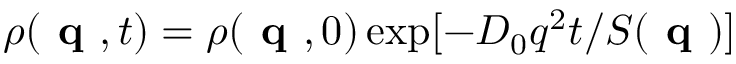
\rho ( \textbf { q } , t ) = \rho ( \textbf { q } , 0 ) \exp [ - D _ { 0 } q ^ { 2 } t / S ( \textbf { q } ) ]